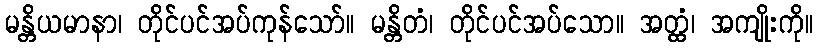
မန္တိယမာနာ၊ တိုင်ပင်အပ်ကုန်သော်။ မန္တိတံ၊ တိုင်ပင်အပ်သော။ အတ္ထံ၊ အကျိုးကို။